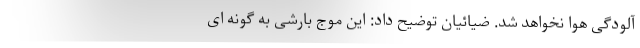
آلودگی هوا نخواهد شد. ضیائیان توضیح داد: این موج بارشی به گونه ای